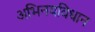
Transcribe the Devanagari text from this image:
अभिनयविधान